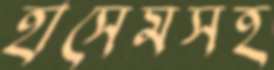
হাসেমসহ